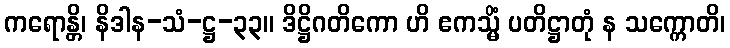
ကရောန္တိ၊ နိဒါန-သံ-ဋ္ဌ-၃၃။ ဒိဋ္ဌိဂတိကော ဟိ ဧကသ္မိံ ပတိဋ္ဌာတုံ န သက္ကောတိ၊